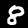
Label: 8